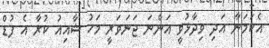
އެކަމަނާ އަދި ވިދާޅުވީ އަންނަ ޖަނަވަރީ މަހު ޝާއިއު ކުރާ އެ ފުޑް